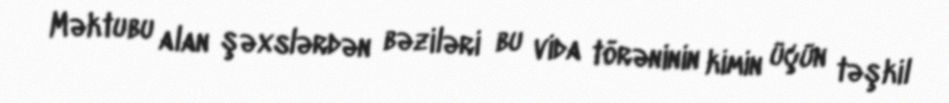
Məktubu alan şəxslərdən bəziləri bu vida törəninin kimin üçün təşkil